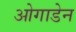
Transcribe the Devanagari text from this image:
ओगाडेन